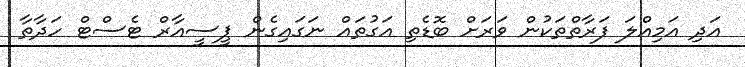
އަދި އަމިއްލަ ފަރާތްތަކުން ވަރަށް ބޮޑެތި އަގުތައް ނަގައިގެން ޕީސީއާރް ޓެސްޓް ހަދާތާ